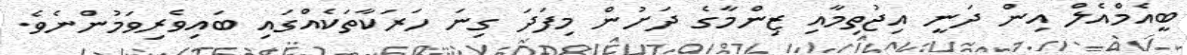
ބީއެމްއެލް އިން ދަނީ އިޖުތިމާއި ޒިންމާގެ ދަށުން މިފަދަ ގިނަ ހަރަކާތަކެއްގައި ބައިވެރިވަމުންނެވެ.